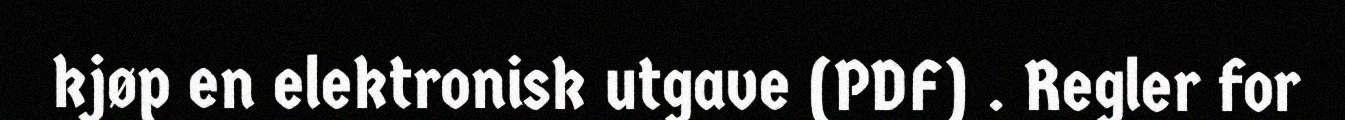
kjøp en elektronisk utgave (PDF) . Regler for